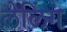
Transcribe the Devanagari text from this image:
लेलिंग